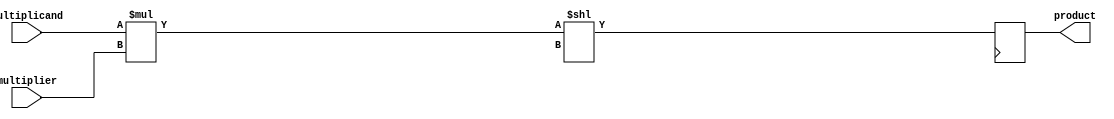
module unsigned_multiplier(
    input [7:0] multiplicand,
    input [7:0] multiplier,
    output reg [15:0] product
);

reg [7:0] partial_product;
reg [3:0] shift_amount;

always @ (posedge clk) begin
    partial_product = multiplicand * multiplier;
    product = partial_product << shift_amount;
end
endmodule